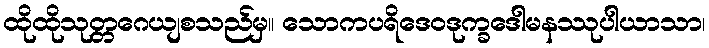
ထိုထိုသုတ္တဂေယျစသည်မှ။ သောကပရိဒေဝဒုက္ခဒေါမနဿုပါယာသာ၊